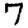
Digit: 7